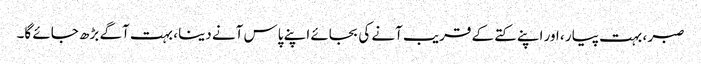
صبر ، بہت پیار ، اور اپنے کتے کے قریب آنے کی بجائے اپنے پاس آنے دینا ، بہت آگے بڑھ جائے گا۔